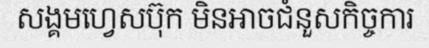
សង្គមហ្វេសប៊ុក មិនអាចជំនួសកិច្ចការ